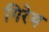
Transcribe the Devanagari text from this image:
गिरेय